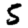
Digit: 5